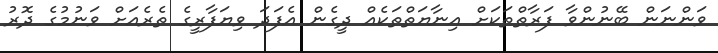
ވަންނަން ބޭނުންވާ ފަރާތްތަކަށް އިނާޔަތްތަކެއް ދީގެން އެފަދަ ވިޔަފާރީގެ ތެރެއަށް ވަނުމުގެ ދޮރު